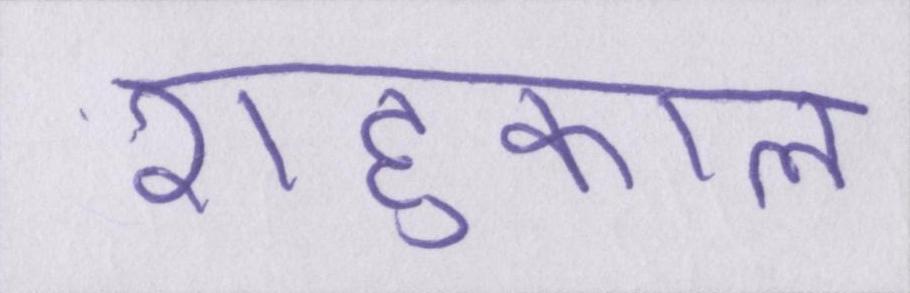
राहुकाल